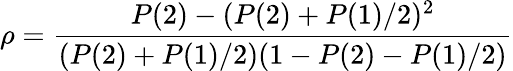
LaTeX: \rho=\frac{P(2)-(P(2)+P(1)/2)^{2}}{(P(2)+P(1)/2)(1-P(2)-P(1)/2)}